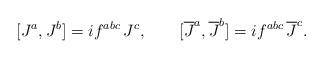
LaTeX: \begin{align*}[J^a,J^b]=if^{abc}\,J^c,\qquad[\overline{J}^a,\overline{J}^b]=if^{abc}\,\overline{J}^c.\end{align*}